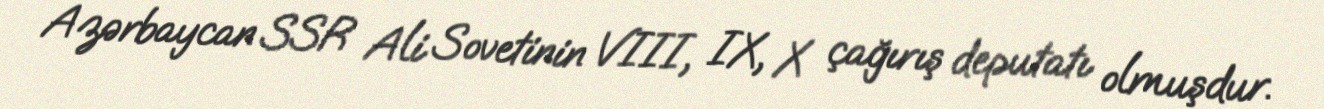
Azərbaycan SSR Ali Sovetinin VIII, IX, X çağırış deputatı olmuşdur.